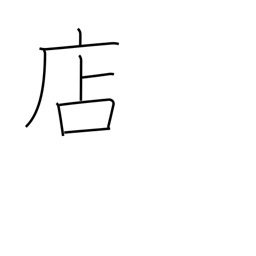
Meaning: shop